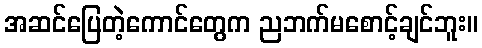
အဆင်ပြေတဲ့ကောင်တွေက ညဘက်မစောင့်ချင်ဘူး။